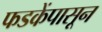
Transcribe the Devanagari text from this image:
फडकेंपासून